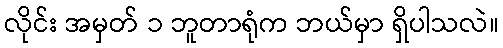
လိုင်း အမှတ် ၁ ဘူတာရုံက ဘယ်မှာ ရှိပါသလဲ။